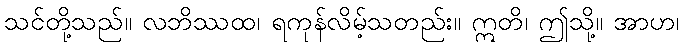
သင်တို့သည်။ လဘိဿထ၊ ရကုန်လိမ့်သတည်း။ ဣတိ၊ ဤသို့။ အာဟ၊